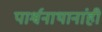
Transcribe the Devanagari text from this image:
पार्श्वनाथानांही